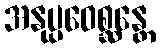
အနုပ္ပဝေစ္ဆန္တေ